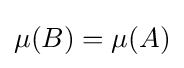
\mu (B)=\mu (A)